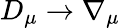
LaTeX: D_{\mu}\rightarrow\nabla_{\mu}